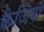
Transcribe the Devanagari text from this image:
फेजियो